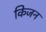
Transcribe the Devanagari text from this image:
किजन